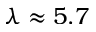
\lambda \approx 5 . 7